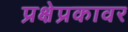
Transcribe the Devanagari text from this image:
प्रक्षेप्रकावर